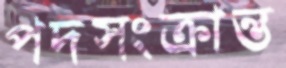
পদসংক্রান্ত